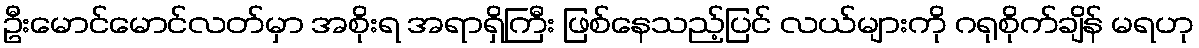
ဦးမောင်မောင်လတ်မှာ အစိုးရ အရာရှိကြီး ဖြစ်နေသည့်ပြင် လယ်များကို ဂရုစိုက်ချိန် မရဟု